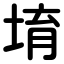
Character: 堉